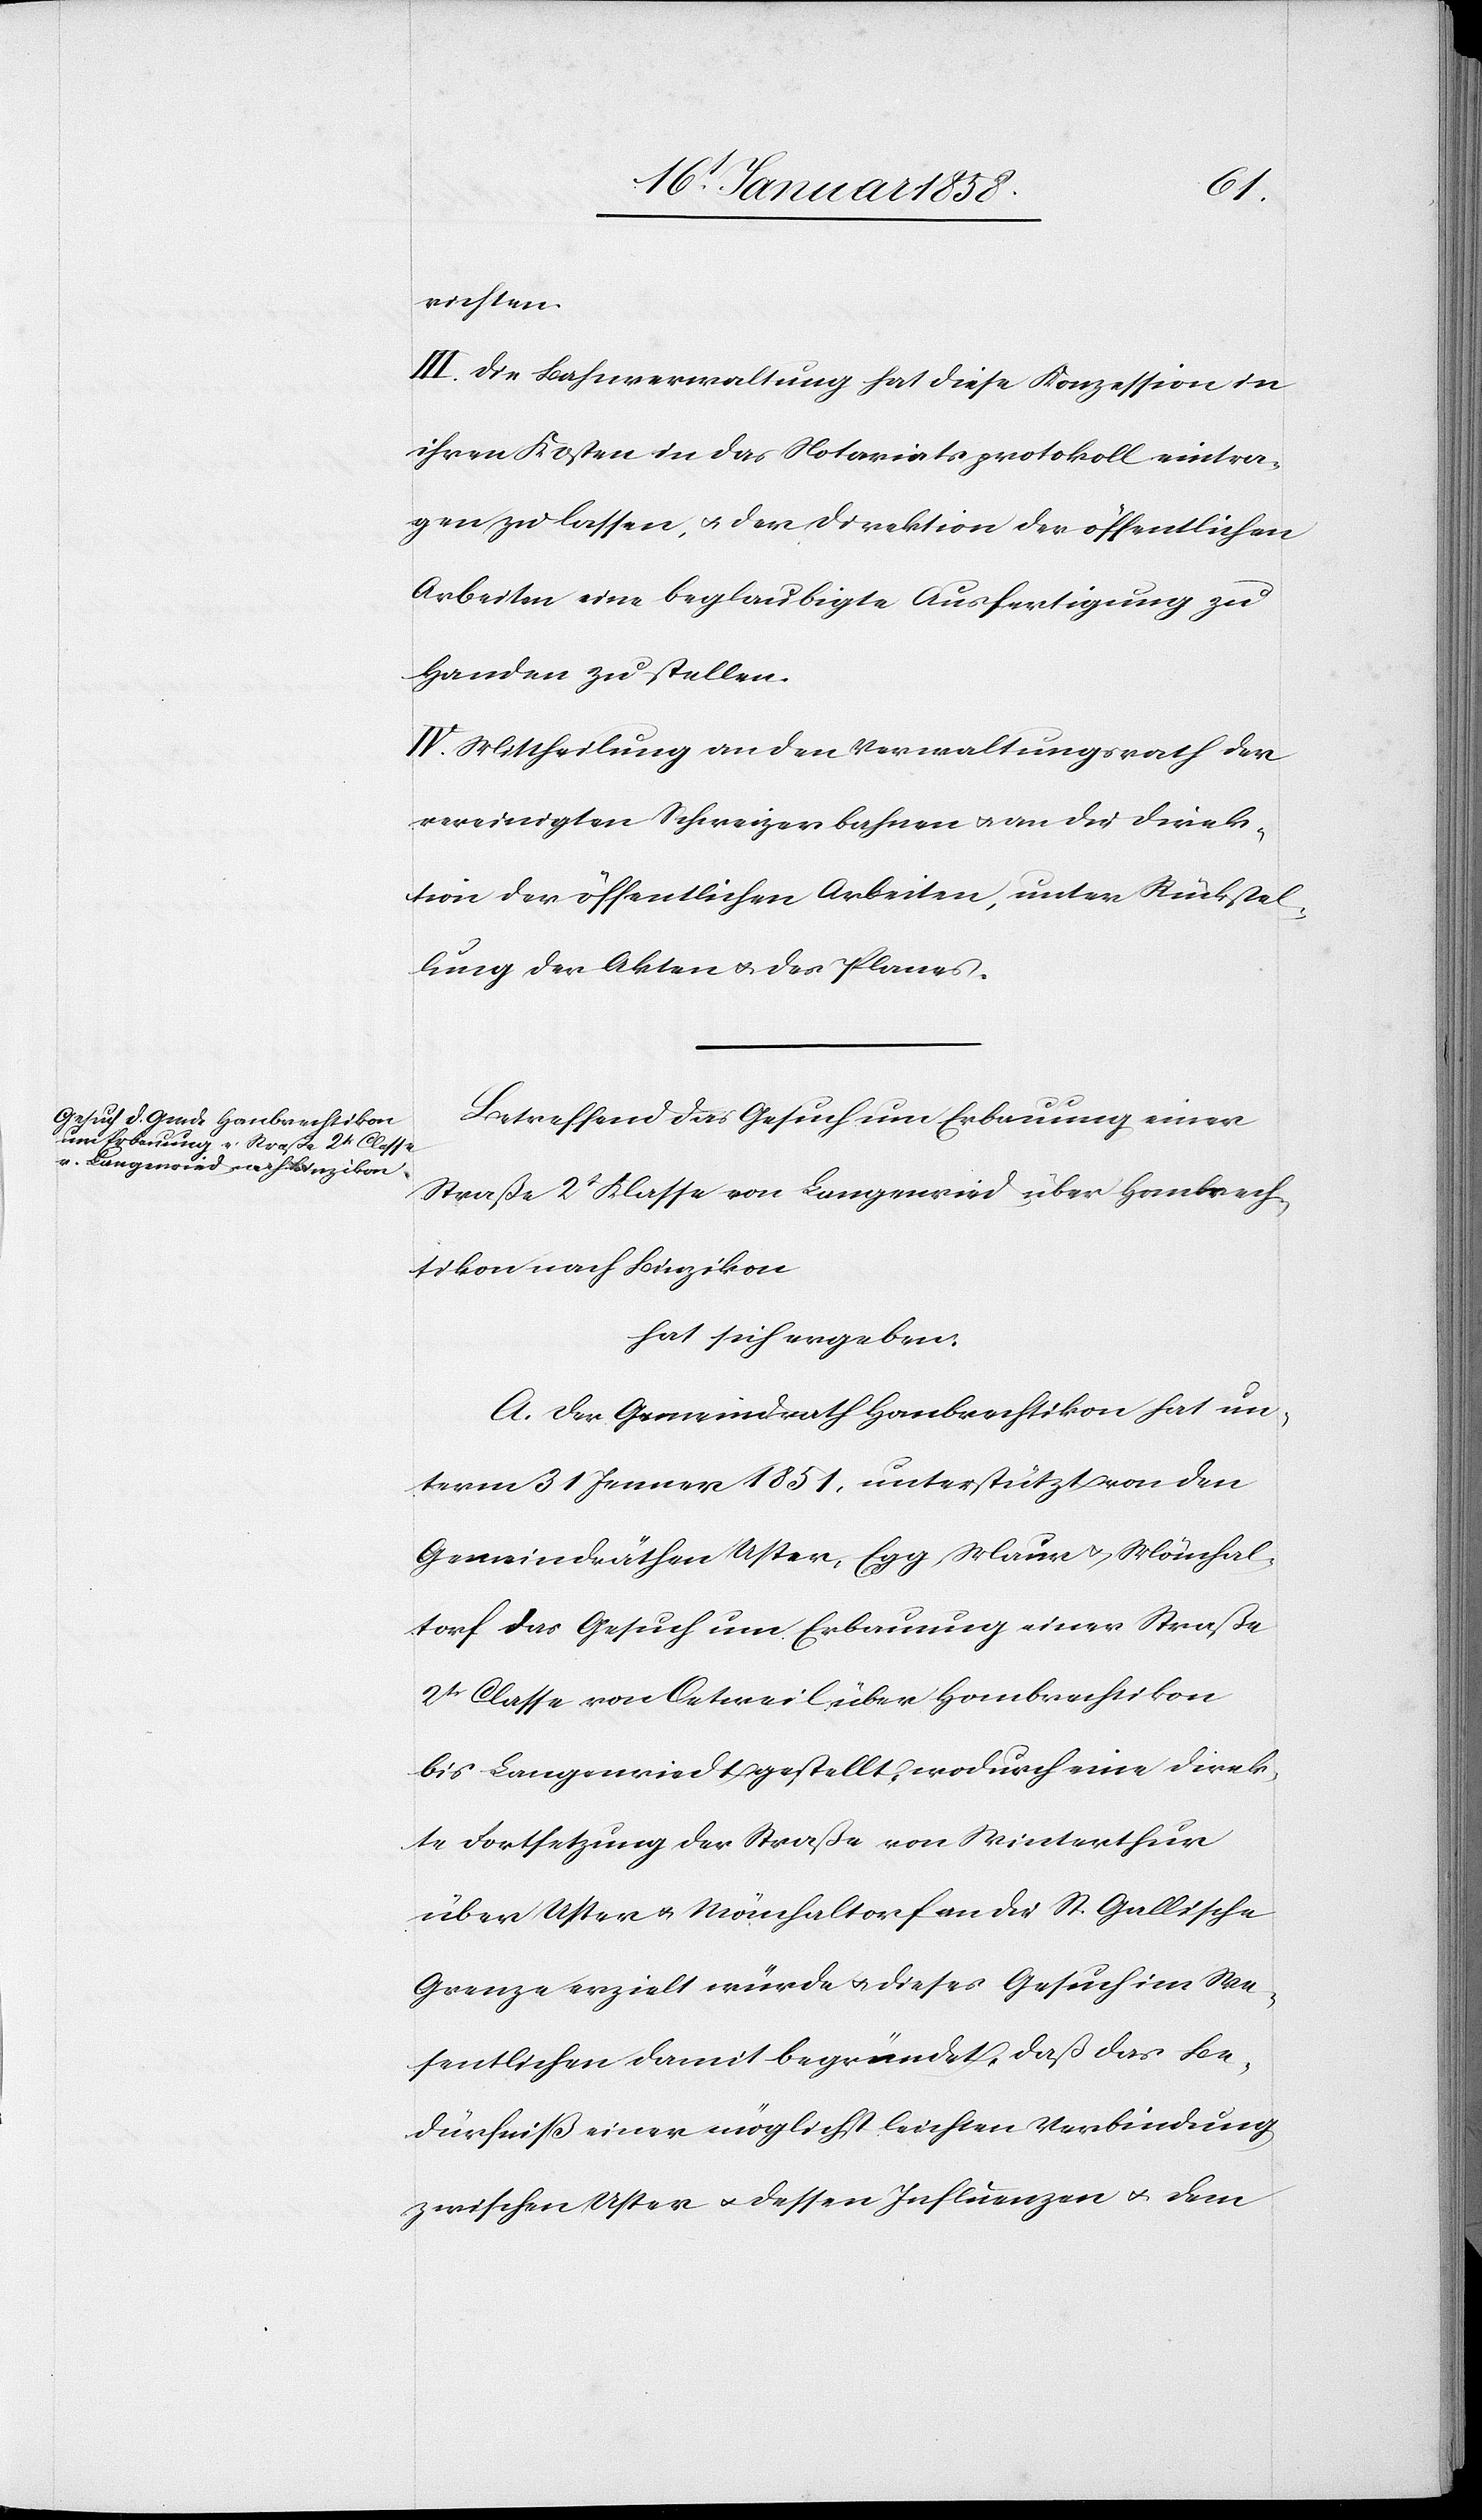
richten.
III. Die Bahnverwaltung hat diese Konzession in
ihren Kosten in das Notariatsprotokoll eintra¬
gen zu lassen, u. der Direktion der öffentlichen
Arbeiten eine beglaubigte Ausfertigung zu
Handen zu stellen.
IV. Mittheilung an den Verwaltungsrath der
vereinigten Schweizerbahnen u. an die Direk¬
tion der öffentlichen Arbeiten, unter Rückstel¬
lung der Akten u. des Planes.
Betreffend das Gesuch um Erbauung einer
Straße 2t Klasse von Langenried über Hombrech¬
tikon nach Binzikon
hat sich ergeben:
A. Der Gemeindrath Hombrechtikon hat un¬
term 31 Jenner 1851. unterstützt von den
Gemeindräthen Uster, Egg, Maur u. Mönchal¬
torf das Gesuch um Erbauung einer Straße
2t. Classe von Oetweil über Hombrechtikon
bis Langenriedt gestellt, wodurch eine direk¬
te Fortsetzung der Straße von Winterthur
über Uster u. Mönchaltorf an die St. Gallische
Grenze erzielt würde u. dieses Gesuch im We¬
sentlichen damit begründet, daß das Be¬
dürfniß einer möglichst leichten Verbindung
zwischen Uster u. dessen Influenzen u. dem